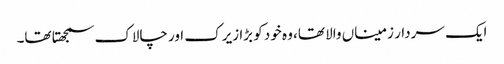
ایک سردار زمیناں والا تھا، وہ خود کو بڑا زیرک اور چالاک سمجھتا تھا۔